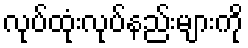
လုပ်ထုံးလုပ်နည်းများကို